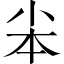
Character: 𡭦